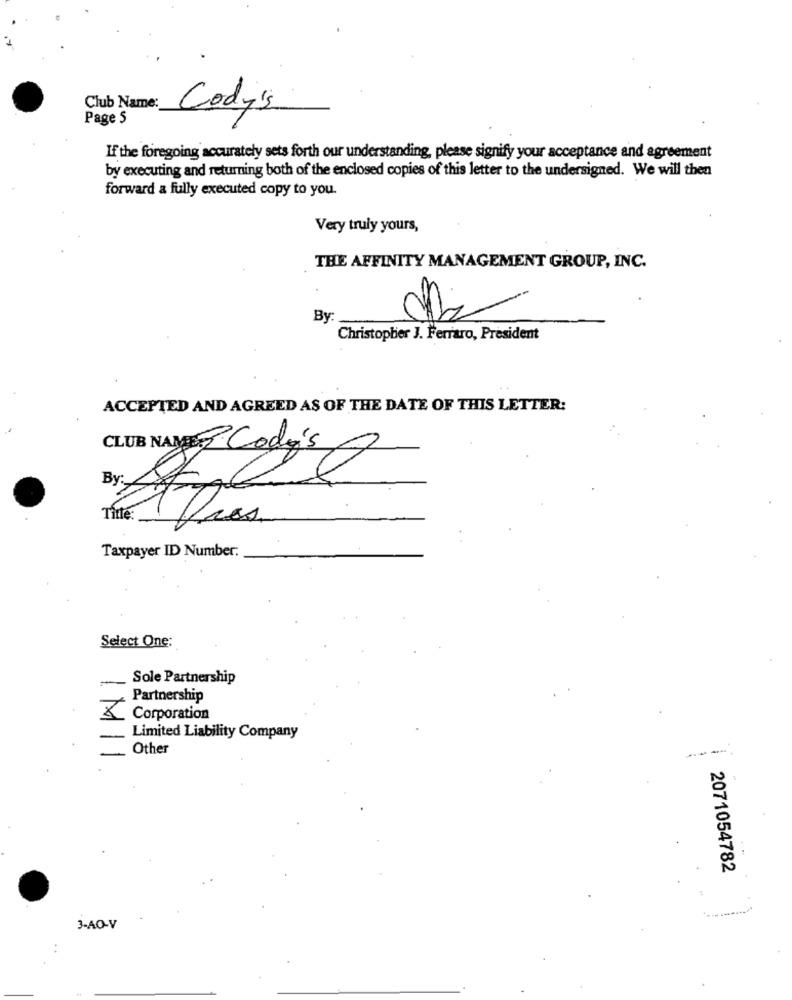
Club Name:
Cody's
Page S
If the foregoing accurately sets forth our understanding, please signify your acceptance and agreement
by executing and returning both of the enclosed copies of this letter to the undersigned. We will then
forward a fully executed copy to you.
Very truly yours,
THE AFFINITY MANAGEMENT GROUP, INC.
By:
Christopher J. Ferraro, President
ACCEPTED AND AGREED AS OF THE DATE OF THIS LETTER:
CLUB NAME Codé's
By
Title:
Kres
Taxpayer ID Number:
Select One:
Sole Partnership
Partnership
Corporation
Limited Liability Company
Other
-
2071054782
3-AO-V